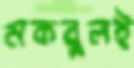
মকবুলই